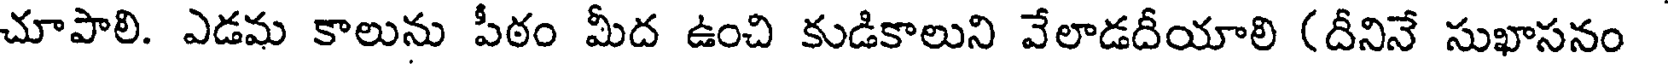
చూపాలి. ఎడమ కాలును పీఠం మీద ఉంచి కుడికాలుని వేలాడదీయాలి (దీనినే సుఖాసనం